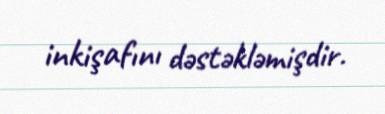
inkişafını dəstəkləmişdir.